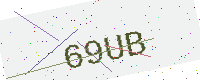
Text: 69UB